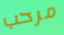
مرحب